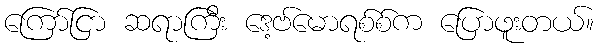
ကြော်ငြာ ဆရာကြီး ဒေ့ဗ်မောရစ်စ်က ပြောဖူးတယ်။